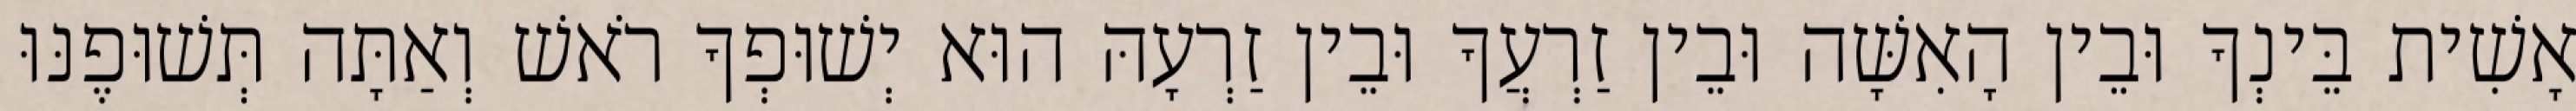
אָשִׁית בֵּינְךָ וּבֵין הָאִשָּׁה וּבֵין זַרְעֲךָ וּבֵין זַרְעָהּ הוּא יְשׁוּפְךָ רֹאשׁ וְאַתָּה תְּשׁוּפֶנּוּ